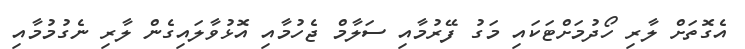
އެގޮތަށް ލާރި ހޯދުމަށްޓަކައި މަގު ފޭރުމާއި ސަލާމް ޖެހުމާއި އޮޅުވާލައިގެން ލާރި ނެގުމުމާއި